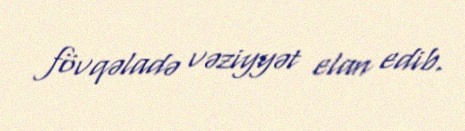
fövqəladə vəziyyət elan edib.